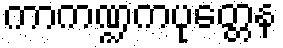
ကာကဏ္ဍကပုတ္တေန